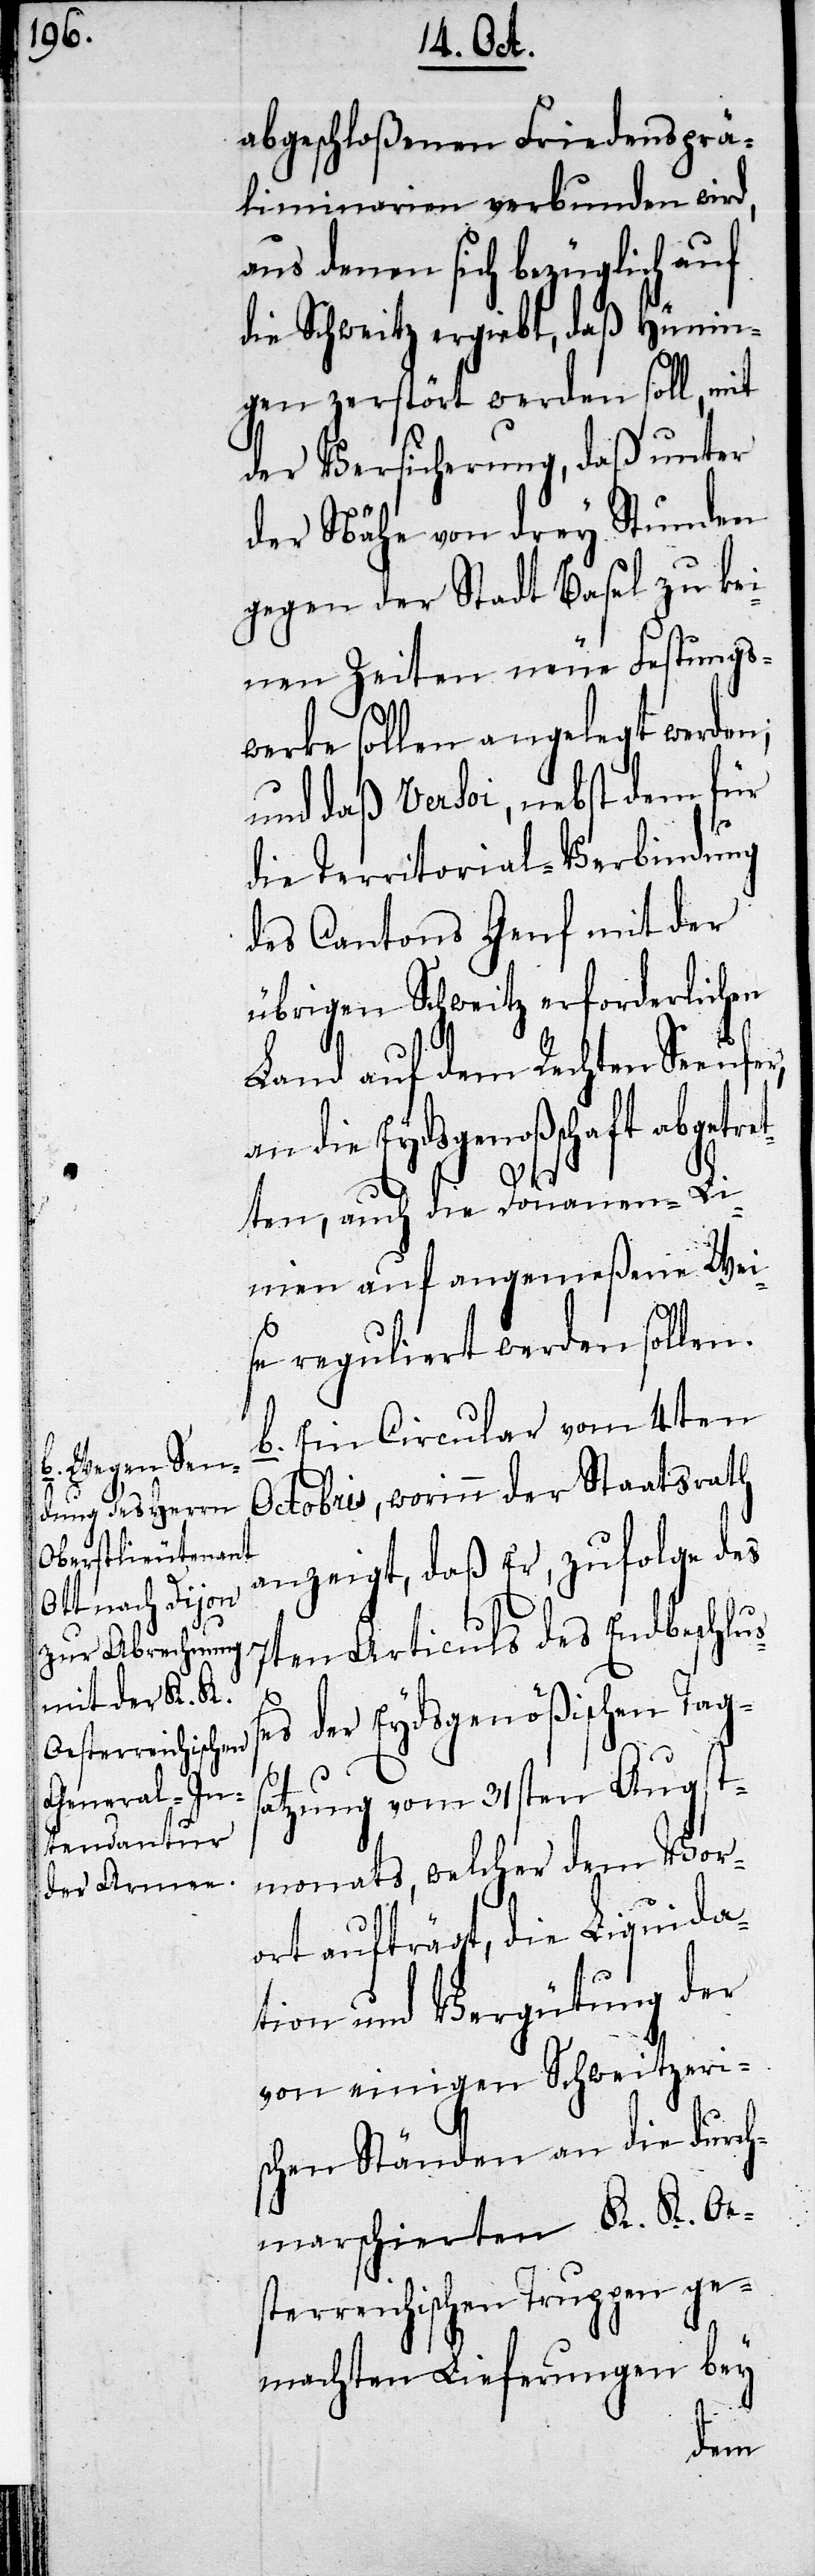
abgeschloßenen Friedensprä¬
liminarien verbunden wird,
aus denen sich bezüglich auf
die Schweitz ergiebt, daß Hünin¬
gen zerstört werden soll, mit
der Versicherung, daß unter
der Nähe von drey Stunden
gegen der Stadt Basel zu kei¬
nen Zeiten neue Festungs¬
werke sollen angelegt werden;
und daß Versoi, nebst dem für
die Territorials-Verbindung
des Cantons Genf mit der
übrigen Schweitz erforderlichen
Land auf dem Rechten Seeufer,
Eydsgenoßenschaft abgetr¬
etten, auch die Douanen-Li¬
nien auf angemeßene Wei¬
se reguliert werden sollen.
b. Ein Circular vom 4ten
Octobris, worinn der Staatsrath
anzeigt, daß Er, zufolge des
7ten Articuls des Endbeschluß¬
es der Eydsgenößischen Tags¬
atzung vom 31sten Augst¬
monats, welcher dem Vor¬
ort aufträgt, die Liquida¬
tion und Vergütung der
von einigen Schweitzeri¬
schen Ständen an die durch¬
marschierten K. K. Oe¬
sterreichischen Truppen ge¬
machten Lieferungen bey